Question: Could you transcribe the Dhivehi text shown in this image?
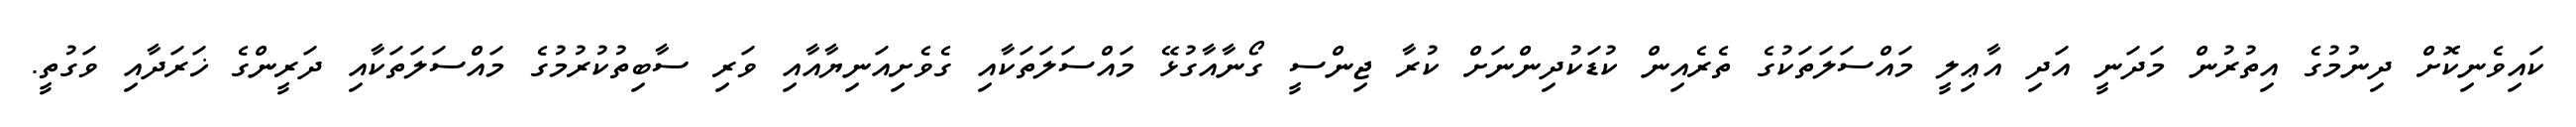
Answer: ކައިވެނިކޮށް ދިނުމުގެ އިތުރުން މަދަނީ އަދި އާޢިލީ މައްސަލަތަކުގެ ތެރެއިން ކުޑަކުދިންނަށް ކުރާ ޖިންސީ ގޯނާއާގުޅޭ މައްސަލަތަކާއި ގެވެށިއަނިޔާއާއި ވަރި ސާބިތުކުރުމުގެ މައްސަލަތަކާއި ދަރީންގެ ޚަރަދާއި ވަގުތީ.